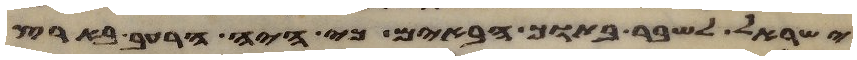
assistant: ישראל לשבר בתוך הבאים כי היה הרעב בארץ